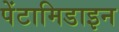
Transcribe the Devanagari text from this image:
पेंटामिडाइन